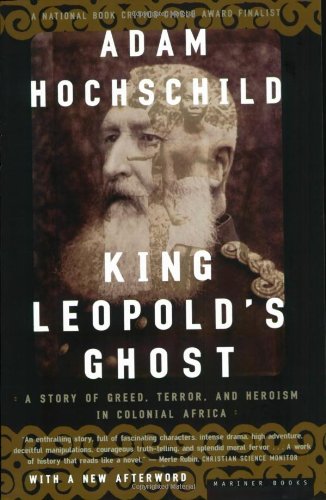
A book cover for King Leopold's Ghost: A Story of Greed, Terror, and Heroism in Colonial Africa; Adam Hochschild; History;